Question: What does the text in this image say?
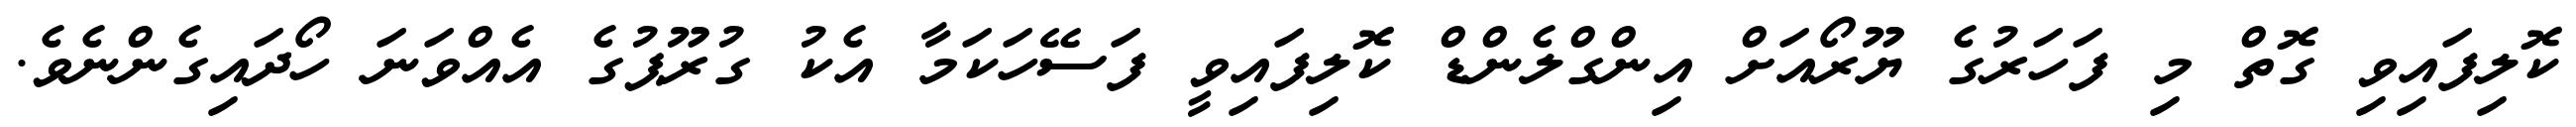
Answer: ކޮލިފައިވި ގޮތް މި ފަހަރުގެ ޔޫރޯއަށް އިންގްލެންޑް ކޮލިފައިވީ ފަސޭހަކަމާ އެކު ގުރޫޕުގެ އެއްވަނަ ހޯދައިގެންނެވެ.